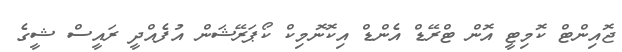
ޖޮއިންޓް ކޮމިޓީ އޮން ޓްރޭޑް އެންޑް އިކޮނޮމިކް ކޯޕަރޭޝަން އުފެއްދީ ރައީސް ޝީގެ